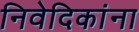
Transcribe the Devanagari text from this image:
निवेदिकांना